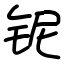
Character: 铌